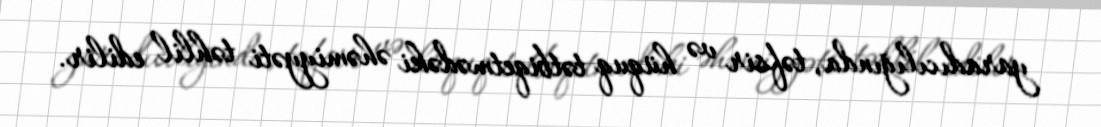
yaradıcılığında, təfsir və hüquq tətbiqetmədəki əhəmiyyəti təhlil edilir.